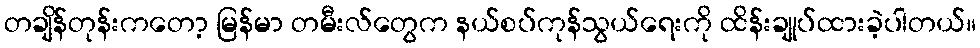
တချိန်တုန်းကတော့ မြန်မာ တမီးလ်တွေက နယ်စပ်ကုန်သွယ်ရေးကို ထိန်းချုပ်ထားခဲ့ပါတယ်။